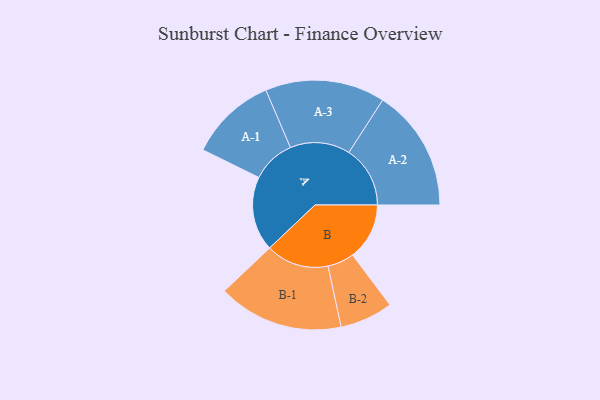
{"axis": {"x": "Segment", "y": "Value"}, "legend": ["", "A", "B"], "data": [{"x": "A", "y": 286, "type": ""}, {"x": "B", "y": 218, "type": ""}, {"x": "A-1", "y": 167, "type": "A"}, {"x": "A-2", "y": 235, "type": "A"}, {"x": "A-3", "y": 230, "type": "A"}, {"x": "B-1", "y": 241, "type": "B"}, {"x": "B-2", "y": 102, "type": "B"}]}